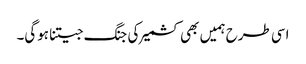
اسی طرح ہمیں بھی کشمیر کی جنگ جیتنا ہوگی۔